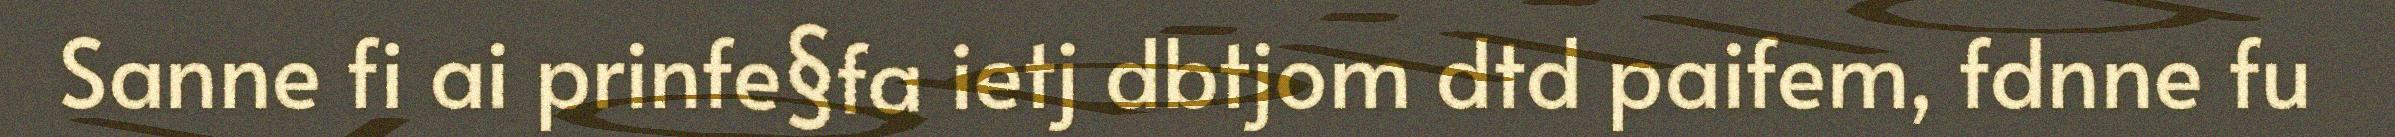
Sanne fi ai prinfe§fa ietj dbtjom dtd paifem, fdnne fu